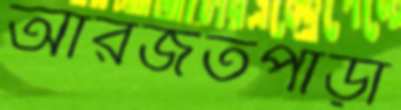
আরজতপাড়া